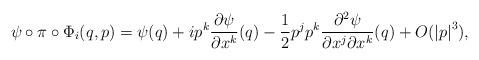
LaTeX: \begin{align*}\psi\circ\pi\circ\Phi_{i}(q,p)=\psi(q)+ip^{k}\frac{\partial\psi}{\partial x^{k}}(q)-\frac{1}{2}p^{j}p^{k}\frac{\partial^{2}\psi}{\partial x^{j}\partial x^{k}}(q)+O(\left\vert p\right\vert ^{3}),\end{align*}